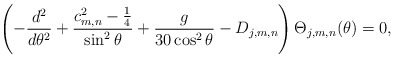
\begin{align*}\left( -\frac{d^{2}}{d\theta ^{2}}+\frac{c_{m,n}^2-\frac{1}{4}}{\sin^{2}\theta }+\frac{g}{30 \cos ^2\theta} -D_{j,m,n}\right) \Theta_{j,m,n} (\theta )=0, \end{align*}